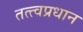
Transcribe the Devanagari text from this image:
तत्त्वप्रधान